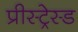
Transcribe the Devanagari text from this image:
प्रीस्ट्रेस्ड